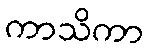
ကာသိကာ